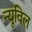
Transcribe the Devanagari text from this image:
न्यूविल